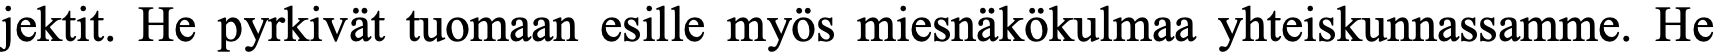
jektit. He pyrkivät tuomaan esille myös miesnäkökulmaa yhteiskunnassamme. He